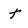
Character: T